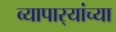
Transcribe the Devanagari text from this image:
व्यापार्‍यांच्या